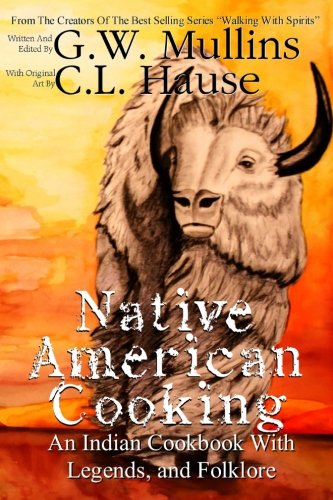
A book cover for Native American Cooking An Indian Cookbook With Legends, And Folklore (Walking With Spirits); G.W. Mullins; Cookbooks, Food & Wine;